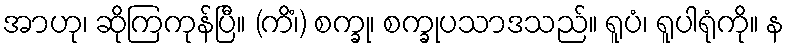
အာဟု၊ ဆိုကြကုန်ပြီ။ (ကိံ၊) စက္ခု၊ စက္ခုပသာဒသည်။ ရူပံ၊ ရူပါရုံကို။ န